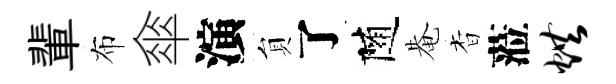
輩布傘演貟了随𤲅杳蒞烘